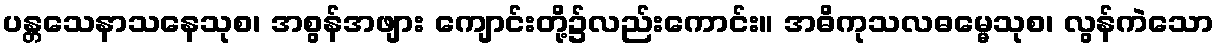
ပန္တသေနာသနေသုစ၊ အစွန်အဖျား ကျောင်းတို့၌လည်းကောင်း။ အဓိကုသလဓမ္မေသုစ၊ လွန်ကဲသော